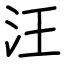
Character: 汪